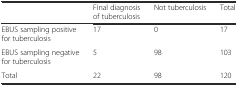
|  | Final diagnosis of tuberculosis | Not tuberculosis | Total |
 | --- | --- | --- | --- |
 | EBUS sampling positive for tuberculosis | 17 | 0 | 17 |
 | EBUS sampling negative for tuberculosis | 5 | 98 | 103 |
 | Total | 22 | 98 | 120 |